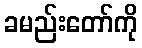
ခမည်းတော်ကို